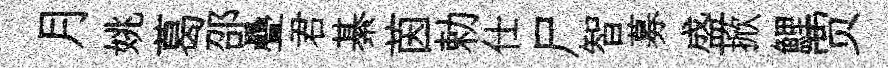
月姚葛邵疊君綦茵勅仕尸智募盛掀鯉贾